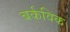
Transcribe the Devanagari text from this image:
बर्कविक